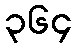
၃၆၄